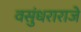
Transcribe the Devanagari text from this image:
वसुंधराराजे